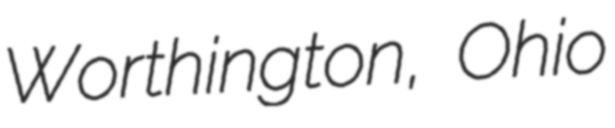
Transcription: Worthington, Ohio